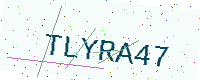
Text: TLYRA47